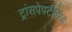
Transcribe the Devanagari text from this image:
ट्रांसपेपटीडेज़